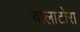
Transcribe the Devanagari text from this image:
बालाटोरा